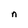
Character: n